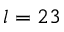
l = 2 3